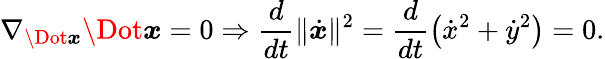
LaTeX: \nabla_{\Dot{\boldsymbol x}}\Dot{\boldsymbol{x}}=0\Rightarrow\frac{d}{dt}\| \dot{\boldsymbol{x}}\| ^{2}=\frac{d}{dt}\left(\dot{x}^{2}+\dot{y}^{2}\right)=0.